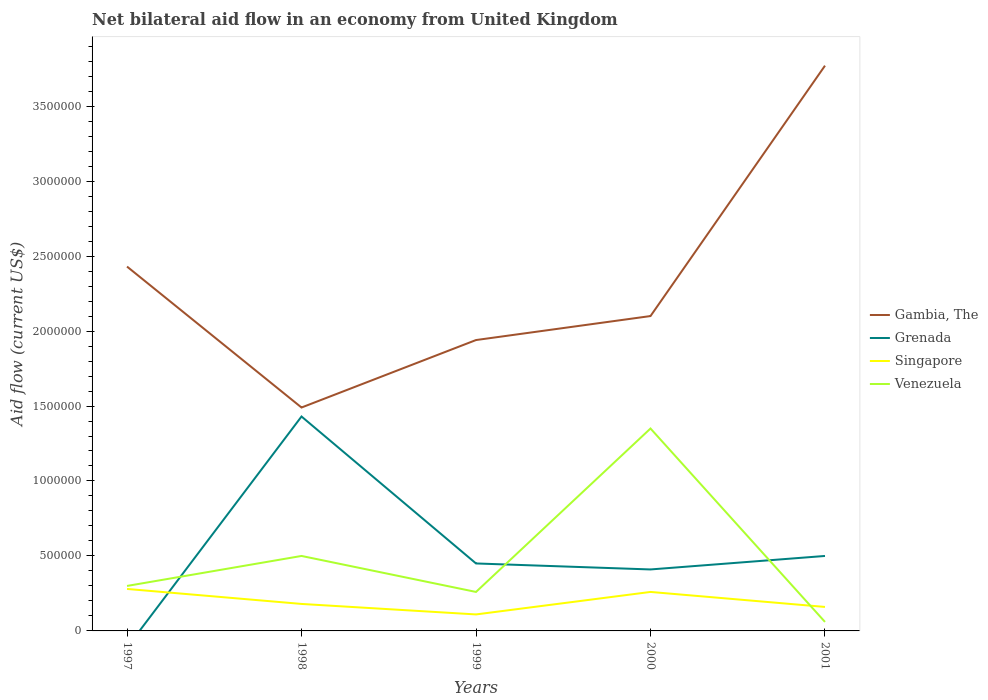
| Years | Gambia, The | Grenada | Singapore | Venezuela |
 | --- | --- | --- | --- | --- |
 | 1997 | 2.43e+06 | -1.1e+05 | 2.8e+05 | 3e+05 |
 | 1998 | 1.49e+06 | 1.43e+06 | 1.8e+05 | 5e+05 |
 | 1999 | 1.94e+06 | 4.5e+05 | 1.1e+05 | 2.6e+05 |
 | 2000 | 2.1e+06 | 4.1e+05 | 2.6e+05 | 1.35e+06 |
 | 2001 | 3.77e+06 | 5e+05 | 1.6e+05 | 6e+04 |